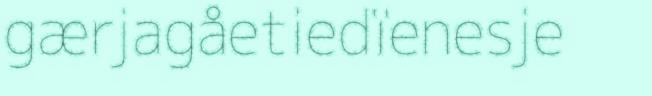
gærjagåetiedïenesje